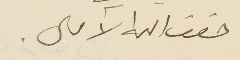
حقق الله الآمال.